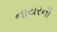
નાયરની